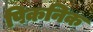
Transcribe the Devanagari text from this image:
पिकनिक